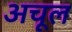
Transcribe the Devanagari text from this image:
अचूल